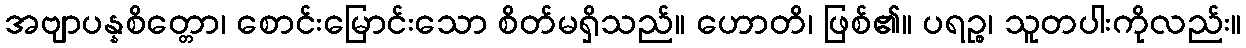
အဗျာပန္နစိတ္တော၊ စောင်းမြောင်းသော စိတ်မရှိသည်။ ဟောတိ၊ ဖြစ်၏။ ပရဉ္စ၊ သူတပါးကိုလည်း။